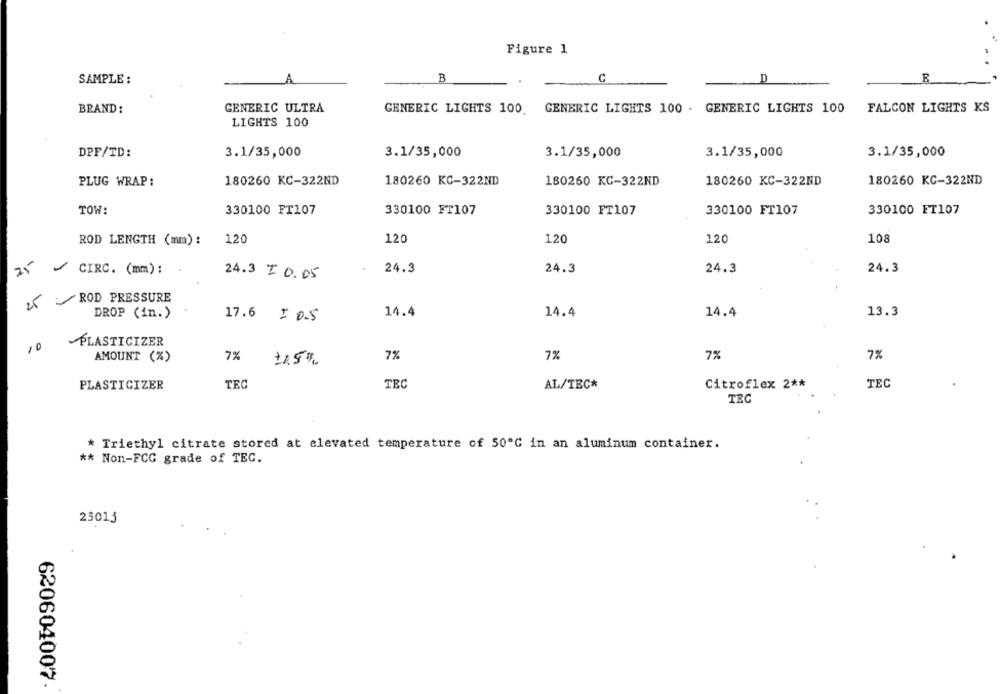
Figure 1
SAMPLE :
B
C
D
R
BRAND:
GENERIC ULTRA
GENERIC LIGHTS 100.
GENERIC LIGHTS 100 . GENERIC LIGHTS 100
FALCON LIGHTS KS
LIGHTS 100
3.1/35,000
3.1/35,000
3.1/35,000
3.1/35,000
3.1/35,000
DPF/TD:
180260 KC-322ND
PLUG WRAP:
180260 KC-322ND
180260 KC-322ND
180260 KC-322ND
180260 KC-322ND
TOW:
330100 FT107
330100 FT107
330100 FT107
330100 FT107
330100 FT107
ROD LENGTH (mm) :
120
120
120
120
108
25
CIRC. (mm) :
24.3
24.3
24.3
24.3
24.3 + 0.05
25 ROD PRESSURE
14.4
13.3
DROP (in.)
17.6 = 0.5
14.4
14.4
10
PLASTICIZER
7%
7%
AMOUNT (%)
7%
7%
7%
+15%
PLASTICIZER
TEC
TEC
AL/TEC*
Citroflex 2 **
TEC
TRC
* Triethyl citrate stored at elevated temperature of 50℃ in an aluminum container.
** Non-FCG grade of TEC.
25013
620604007.